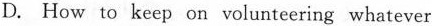
D. How to keep on volunteering whatever